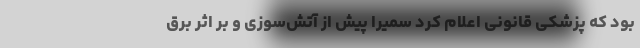
بود که پزشکی قانونی اعلام کرد سمیرا پیش از آتش‌سوزی و بر اثر برق